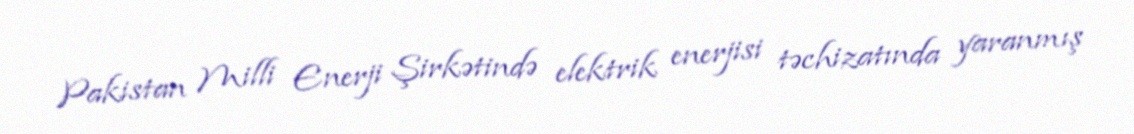
Pakistan Milli Enerji Şirkətində elektrik enerjisi təchizatında yaranmış